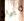
براز